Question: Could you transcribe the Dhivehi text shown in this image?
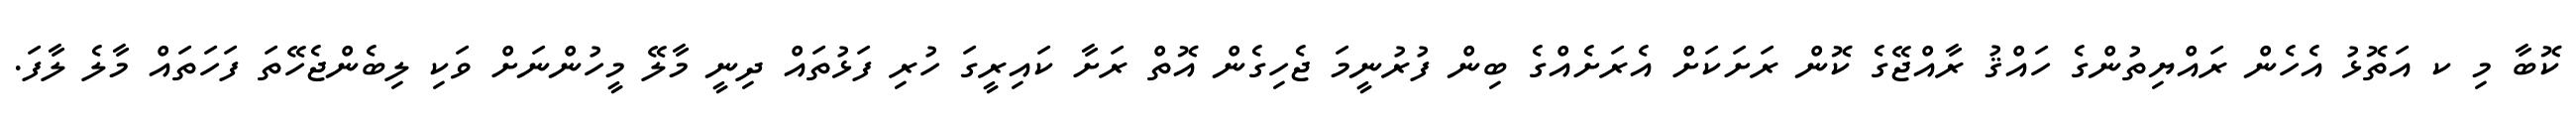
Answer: ކޮބާ މި ކ އަތޮޅު އެހެން ރައްޔިތުންގެ ހައްޤު ރާއްޖޭގެ ކޮން ރަށަކަށް އެރަށެއްގެ ބިން ފުރުނީމަ ޖެހިގެން އޮތް ރަށާ ކައިރީގަ ހުރި ފަޅުތައް ދިނީ މާލޭ މީހުންނަށް ވަކި ލިބެންޖެހޭތަ ފަހަތައް މާލެ ލާފަ.